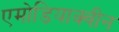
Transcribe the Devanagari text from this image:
एमोडियाक्वीन